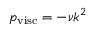
p _ { \mathrm { v i s c } } = - \nu k ^ { 2 }